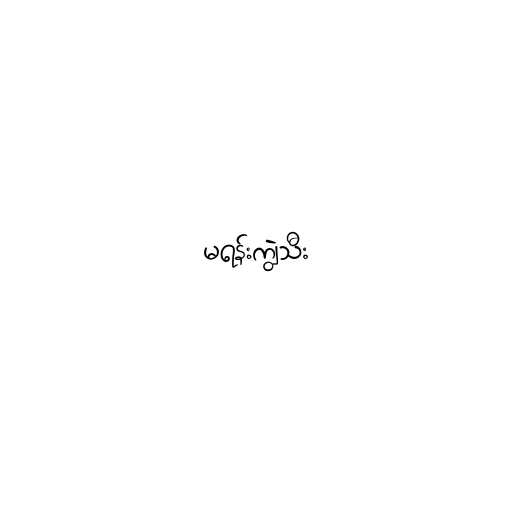
မရန်းကျွဲသီး